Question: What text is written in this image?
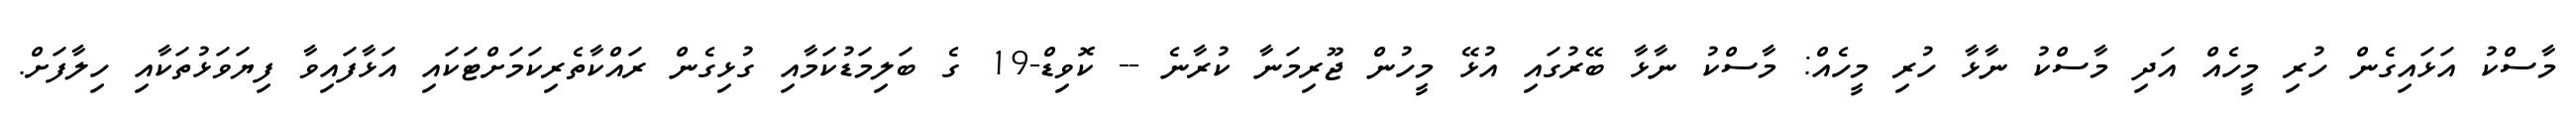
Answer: މާސްކު އަޅައިގެން ހުރި މީހެއް އަދި މާސްކު ނާޅާ ހުރި މީހެއް: މާސްކު ނާޅާ ބޭރުގައި އުޅޭ މީހުން ޖޫރިމަނާ ކުރާނެ -- ކޮވިޑް-19 ގެ ބަލިމަޑުކަމާއި ގުޅިގެން ރައްކާތެރިކަމަށްޓަކައި އަޅާފައިވާ ފިޔަވަޅުތަކާއި ހިލާފަށް.